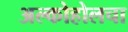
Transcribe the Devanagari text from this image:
अल्कोहोलचा